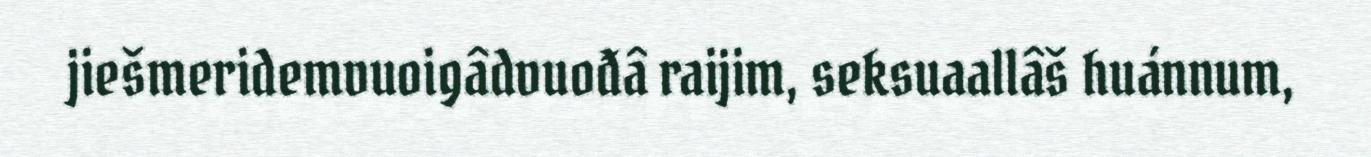
jiešmeridemvuoigâdvuođâ raijim, seksuaallâš huánnum,